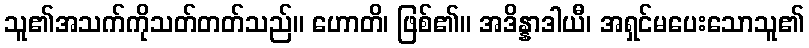
သူ၏အသက်ကိုသတ်တတ်သည်။ ဟောတိ၊ ဖြစ်၏။ အဒိန္နာဒါယီ၊ အရှင်မပေးသောသူ၏